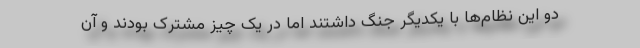
دو این نظام‌ها با یکدیگر جنگ داشتند اما در یک چیز مشترک بودند و آن